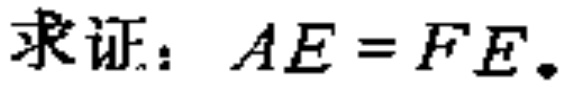
求证：\(AE = FE\)。